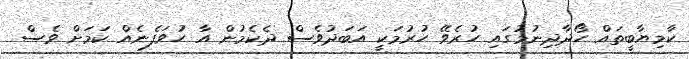
ކާމިޔާބީތައް ހޯދާދިނުމުގައި ހުރެވޭ ހުރުމަކީ އަބަދުވެސް ދެކެމުން އާ ހުވަފެނެއް ކަމަށް ވެސް